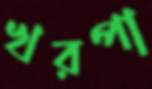
খরপা